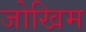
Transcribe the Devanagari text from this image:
जोखिम